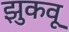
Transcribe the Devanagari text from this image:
झुकवू